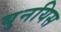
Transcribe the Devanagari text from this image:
बुनयिस